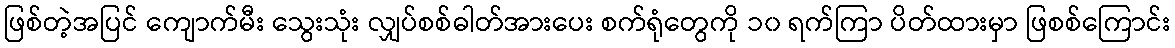
ဖြစ်တဲ့အပြင် ကျောက်မီး သွေးသုံး လျှပ်စစ်ဓါတ်အားပေး စက်ရုံတွေကို ၁၀ ရက်ကြာ ပိတ်ထားမှာ ဖြစစ်ကြောင်း